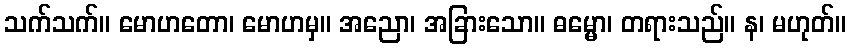
သက်သက်။ မောဟတော၊ မောဟမှ။ အညော၊ အခြားသော။ ဓမ္မော၊ တရားသည်။ န၊ မဟုတ်။